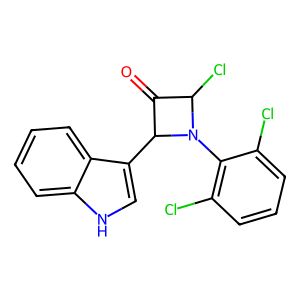
SMILES: O=C1C(Cl)N(c2c(Cl)cccc2Cl)C1c1c[nH]c2ccccc12
Inhibits HIV replication: No